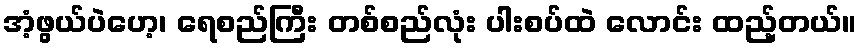
အံ့ဖွယ်ပဲဟေ့၊ ရေစည်ကြီး တစ်စည်လုံး ပါးစပ်ထဲ လောင်း ထည့်တယ်။